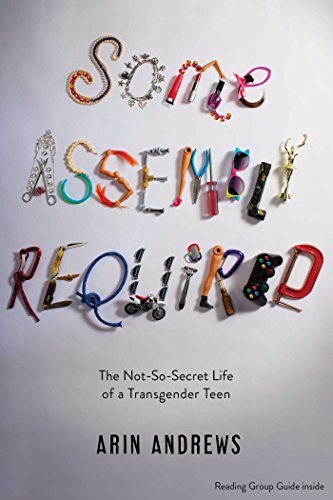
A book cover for Some Assembly Required: The Not-So-Secret Life of a Transgender Teen; Arin Andrews; Gay & Lesbian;